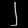
Digit: ၂